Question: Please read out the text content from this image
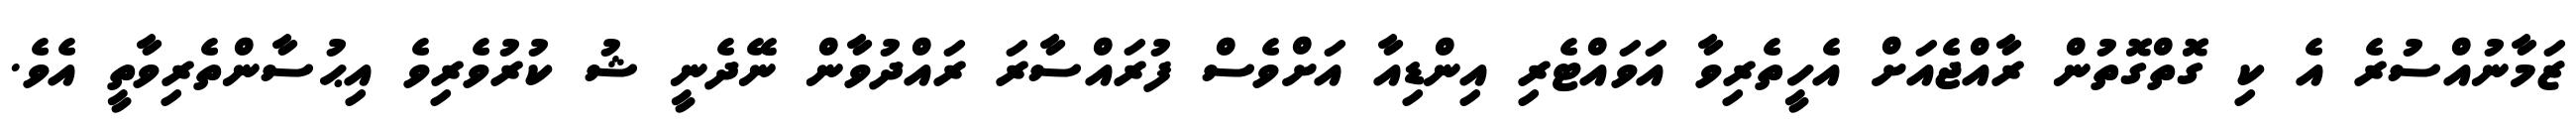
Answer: ޒަމާނުއްސުރެ އެ ކި ގޮތްގޮތުން ރާއްޖެއަށް އެހީތެރިވާ އަވައްޓެރި އިންޑިއާ އަށްވެސް ފުރައްސާރަ ރައްދުވާން ނޭދެނީ ޝު ކުރުވެރިވެ އިޙުސާންތެރިވާތީ އެވެ.